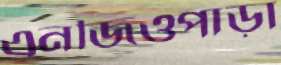
এনজিওপাড়া